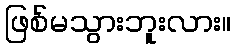
ဖြစ်မသွားဘူးလား။